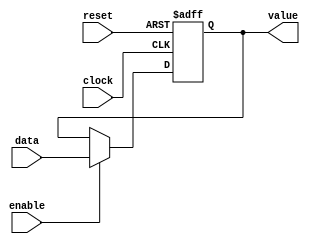
module box(data, enable, reset, clock, value);
	input enable, clock, reset;
	input [3:0] data;
	output reg [3:0] value;
	
	always @(posedge clock or posedge reset) 
	begin
		if(reset == 1'b1)
		begin
			value <= 4'b0000;
		end
		else if(enable)
		begin
			value <= data;
		end
	end
endmodule